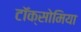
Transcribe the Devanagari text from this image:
टॉक्सोमिया